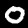
Label: 0